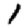
Digit: 1